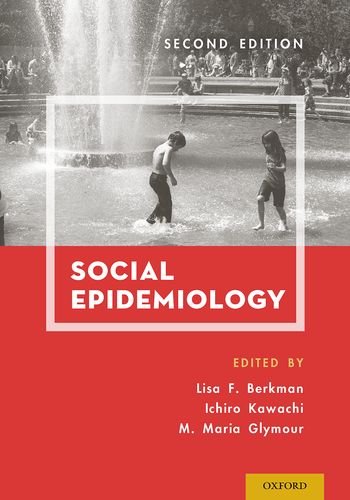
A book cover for Social Epidemiology; Medical Books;